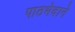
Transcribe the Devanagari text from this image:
पाठभेदाने